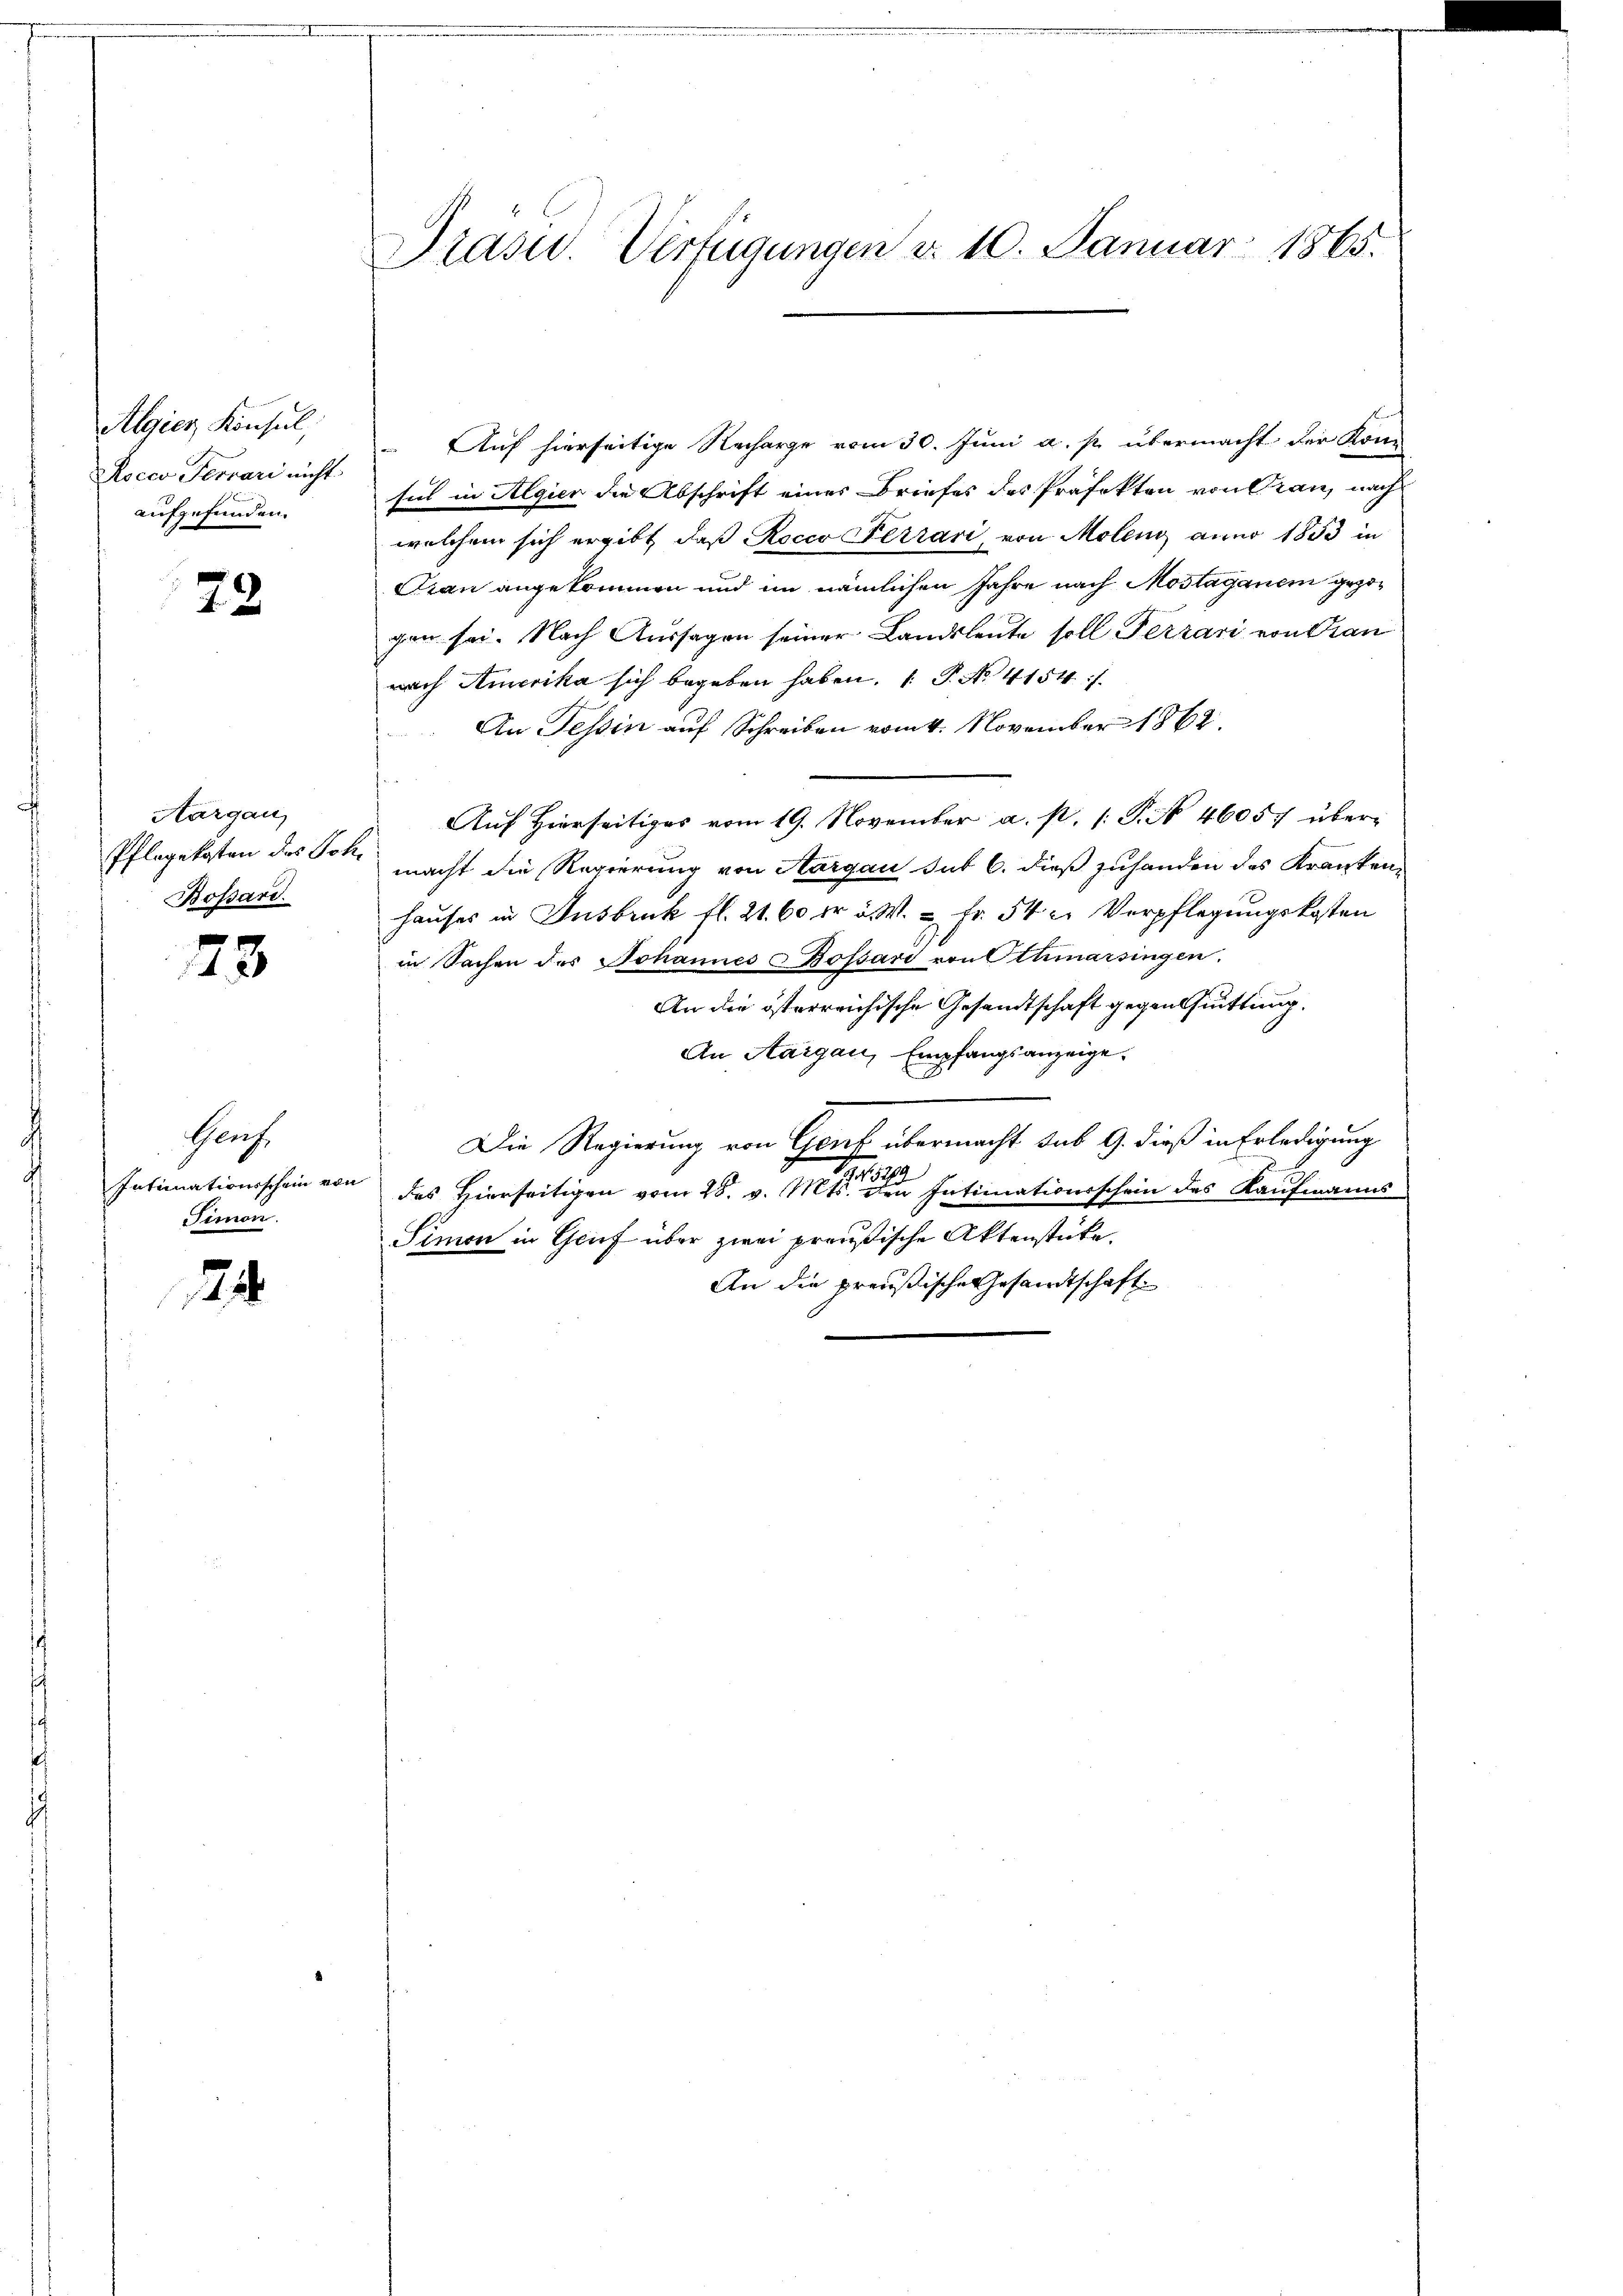
Algien Konsul,
Rocco Ferrari nicht
aufgefunden.

72.

Aargau,
Pflegekosten des Joh
Bossard.

73

Genf.
Intimationsschein von
Simon.

24

Präsid.. Verfügungen d. 10. Januar 1865.

Auf hierseitige Recharge vom 30. Juni a. p. übermacht der Kon-
sich in Algier die Abschrift eines Briefes des Präfekten von Cran, nach
welchem sich ergibt, daß Rocco Ferrari, von Molen anno 1853 in
Frau angekommen und im nämlichen Jahre nach Mostagenem gezogen sei. Nach Aussagen seiner Landsleute soll Terrari von Kran
nach Amerika sich begeben haben. ( P. No 4154/
An Tessin auf Schreiben vom 4. November 1862.
Auf Hierseitiges vom 19. November a. p. 1. P. N. 4605. übermacht die Regierung von Aargau sub 6. dieß zuhanden des Kranken¬
Hauses in Insbruk fl. 21. 60 fr a. W. u Fr. 54 u. Verpflegungskosten
in Sachen des Johannes u Bossard von Othmarsingen.
An die österreichische Gesandtschaft gegenssittung.
An Aargau, Empfangsanzeige.
Die Regierung von Genf übermacht sub 9. dieß in Erledigung
1918
des Hierseitigen vom 28. v. Mts. den Intimationsschein des Kaufmanns
Simon in Gruf über zwei preußische Aktenstücke.
An die preußische Gesandtschaft